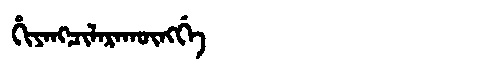
Manchu: ᡥᡳᠶᠠᠩᠴᡳᠯᠠᡵᠠᡴᡡᠩᡤᡝ
Romanization: HIYANGCILARAKŪNGGE